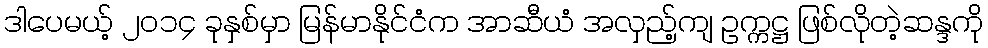
ဒါပေမယ့် ၂၀၁၄ ခုနှစ်မှာ မြန်မာနိုင်ငံက အာဆီယံ အလှည့်ကျ ဥက္ကဋ္ဌ ဖြစ်လိုတဲ့ဆန္ဒကို